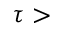
\tau >